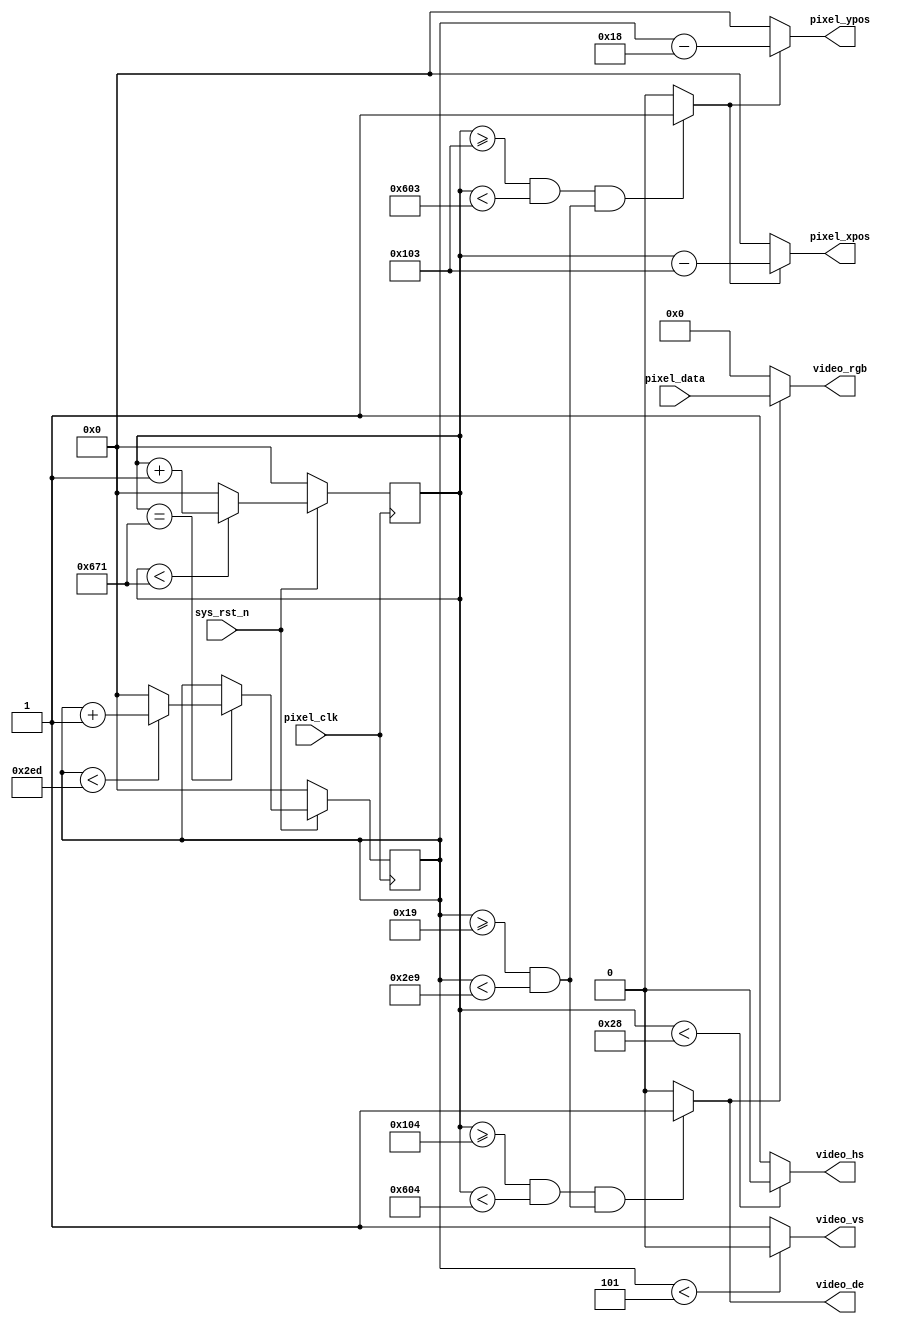
//****************************************Copyright (c)***********************************//
//www.yuanzige.com
//www.openedv.com
//http://openedv.taobao.com
//""ZYNQ & FPGA & STM32 & LINUX
//
//Copyright(C)  2018-2028
//All rights reserved
//----------------------------------------------------------------------------------------
// File name:           video_driver
// Last modified Date:  2020/05/28 20:28:08
// Last Version:        V1.0
// Descriptions:        
//                      
//----------------------------------------------------------------------------------------
// Created by:          
// Created date:        2020/05/28 20:28:08
// Version:             V1.0
// Descriptions:        The original version
//
//----------------------------------------------------------------------------------------
//****************************************************************************************//

module video_driver(
    input           pixel_clk,
    input           sys_rst_n,
    
    //RGB
    output          video_hs,     //
    output          video_vs,     //
    output          video_de,     //
    output  [23:0]  video_rgb,    //RGB888
    
    input   [23:0]  pixel_data,   //
    output  [10:0]  pixel_xpos,   //
    output  [10:0]  pixel_ypos    //
);

//parameter define

//1280*720 
parameter  H_SYNC   =  11'd40;   //
parameter  H_BACK   =  11'd220;  //
parameter  H_DISP   =  11'd1280; //
parameter  H_FRONT  =  11'd110;  //
parameter  H_TOTAL  =  11'd1650; //

parameter  V_SYNC   =  11'd5;    //
parameter  V_BACK   =  11'd20;   //
parameter  V_DISP   =  11'd720;  //
parameter  V_FRONT  =  11'd5;    //
parameter  V_TOTAL  =  11'd750;  //

//reg define
reg  [10:0] cnt_h;
reg  [10:0] cnt_v;

//wire define
wire       video_en;
wire       data_req;

//*****************************************************
//**                    main code
//*****************************************************

assign video_de  = video_en;

assign video_hs  = ( cnt_h < H_SYNC ) ? 1'b0 : 1'b1;  //
assign video_vs  = ( cnt_v < V_SYNC ) ? 1'b0 : 1'b1;  //

//RGB
assign video_en  = (((cnt_h >= H_SYNC+H_BACK) && (cnt_h < H_SYNC+H_BACK+H_DISP))
                 &&((cnt_v >= V_SYNC+V_BACK) && (cnt_v < V_SYNC+V_BACK+V_DISP)))
                 ?  1'b1 : 1'b0;

//RGB888
assign video_rgb = video_en ? pixel_data : 24'd0;

//
assign data_req = (((cnt_h >= H_SYNC+H_BACK-1'b1) && 
                    (cnt_h < H_SYNC+H_BACK+H_DISP-1'b1))
                  && ((cnt_v >= V_SYNC+V_BACK) && (cnt_v < V_SYNC+V_BACK+V_DISP)))
                  ?  1'b1 : 1'b0;

//
assign pixel_xpos = data_req ? (cnt_h - (H_SYNC + H_BACK - 1'b1)) : 11'd0;
assign pixel_ypos = data_req ? (cnt_v - (V_SYNC + V_BACK - 1'b1)) : 11'd0;

//
always @(posedge pixel_clk ) begin
    if (!sys_rst_n)
        cnt_h <= 11'd0;
    else begin
        if(cnt_h < H_TOTAL - 1'b1)
            cnt_h <= cnt_h + 1'b1;
        else 
            cnt_h <= 11'd0;
    end
end

//
always @(posedge pixel_clk ) begin
    if (!sys_rst_n)
        cnt_v <= 11'd0;
    else if(cnt_h == H_TOTAL - 1'b1) begin
        if(cnt_v < V_TOTAL - 1'b1)
            cnt_v <= cnt_v + 1'b1;
        else 
            cnt_v <= 11'd0;
    end
end

endmodule